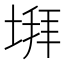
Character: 𡍹